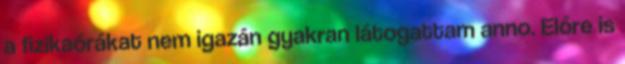
a fizikaórákat nem igazán gyakran látogattam anno. Előre is